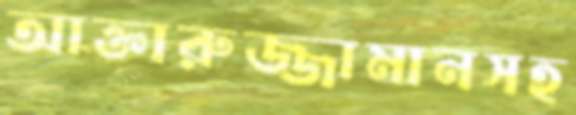
আক্তারুজ্জামানসহ